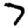
Digit: 7